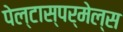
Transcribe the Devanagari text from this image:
पेल्टास्पर्मेल्स